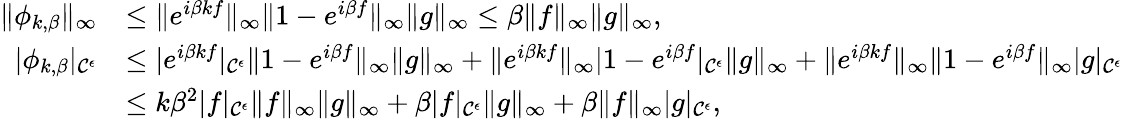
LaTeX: \begin{array}{rl}{\| \phi_{k,\beta}\| _{\infty}}&{\leq\| e^{i\beta kf}\| _{\infty}\| 1-e^{i\beta f}\| _{\infty}\| g\| _{\infty}\leq\beta\| f\| _{\infty}\| g\| _{\infty},}\\ {|\phi_{k,\beta}|_{\mathcal{C}^{\epsilon}}}&{\leq|e^{i\beta kf}|_{\mathcal{C}^{\epsilon}}\| 1-e^{i\beta f}\| _{\infty}\| g\| _{\infty}+\| e^{i\beta kf}\| _{\infty}|1-e^{i\beta f}|_{\mathcal{C}^{\epsilon}}\| g\| _{\infty}+\| e^{i\beta kf}\| _{\infty}\| 1-e^{i\beta f}\| _{\infty}|g|_{\mathcal{C}^{\epsilon}}}\\ &{\leq k\beta^{2}|f|_{\mathcal{C}^{\epsilon}}\| f\| _{\infty}\| g\| _{\infty}+\beta|f|_{\mathcal{C}^{\epsilon}}\| g\| _{\infty}+\beta\| f\| _{\infty}|g|_{\mathcal{C}^{\epsilon}},}\end{array}